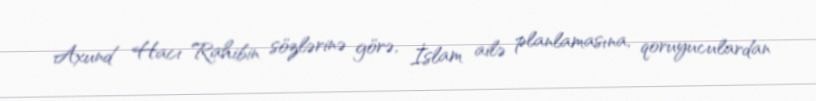
Axund Hacı Rahibin sözlərinə görə, İslam ailə planlamasına, qoruyuculardan